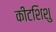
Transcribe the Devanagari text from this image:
कीटशिशु